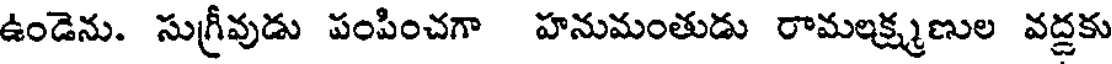
ఉండెను. సుగ్రీవుడు పంపించగా హనుమంతుడు రామలక్ష్మణుల వద్దకు